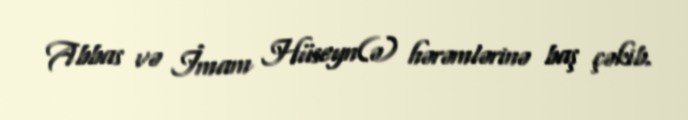
Abbas və İmam Hüseyn(ə) hərəmlərinə baş çəkib.